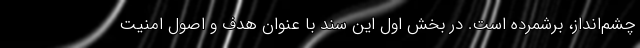
چشم‌انداز، برشمرده است. در بخش اول این سند با عنوان هدف و اصول امنیت